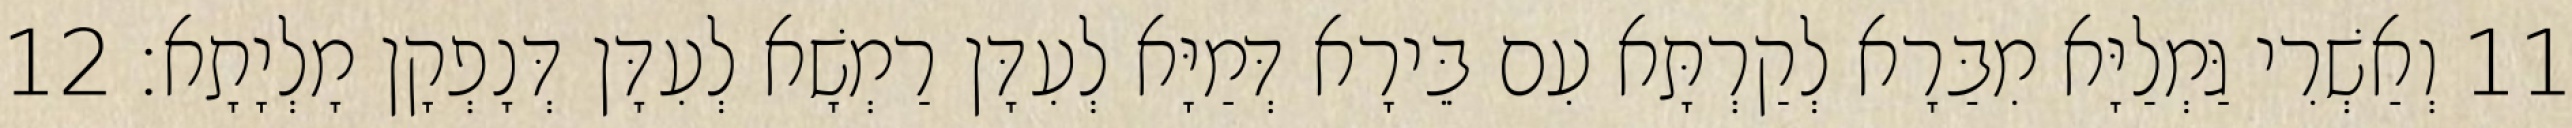
11 וְאַשְׁרִי גַּמְלַיָּא מִבַּרָא לְקַרְתָּא עִם בֵּירָא דְּמַיָּא לְעִדָּן רַמְשָׁא לְעִדָּן דְּנָפְקָן מָלְיָתָא׃ 12